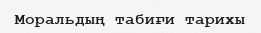
Моральдың табиғи тарихы